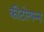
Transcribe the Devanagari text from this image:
कीटोत्पन्न